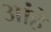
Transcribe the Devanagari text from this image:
आंहे